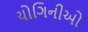
યોગિનીઓ